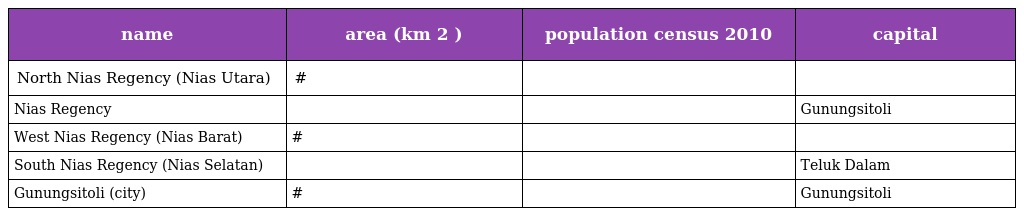
| name | area (km 2 ) | population census 2010 | capital |
 | --- | --- | --- | --- |
 | North Nias Regency (Nias Utara) | # |  |  |
 | Nias Regency |  |  | Gunungsitoli |
 | West Nias Regency (Nias Barat) | # |  |  |
 | South Nias Regency (Nias Selatan) |  |  | Teluk Dalam |
 | Gunungsitoli (city) | # |  | Gunungsitoli |